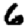
Digit: 6